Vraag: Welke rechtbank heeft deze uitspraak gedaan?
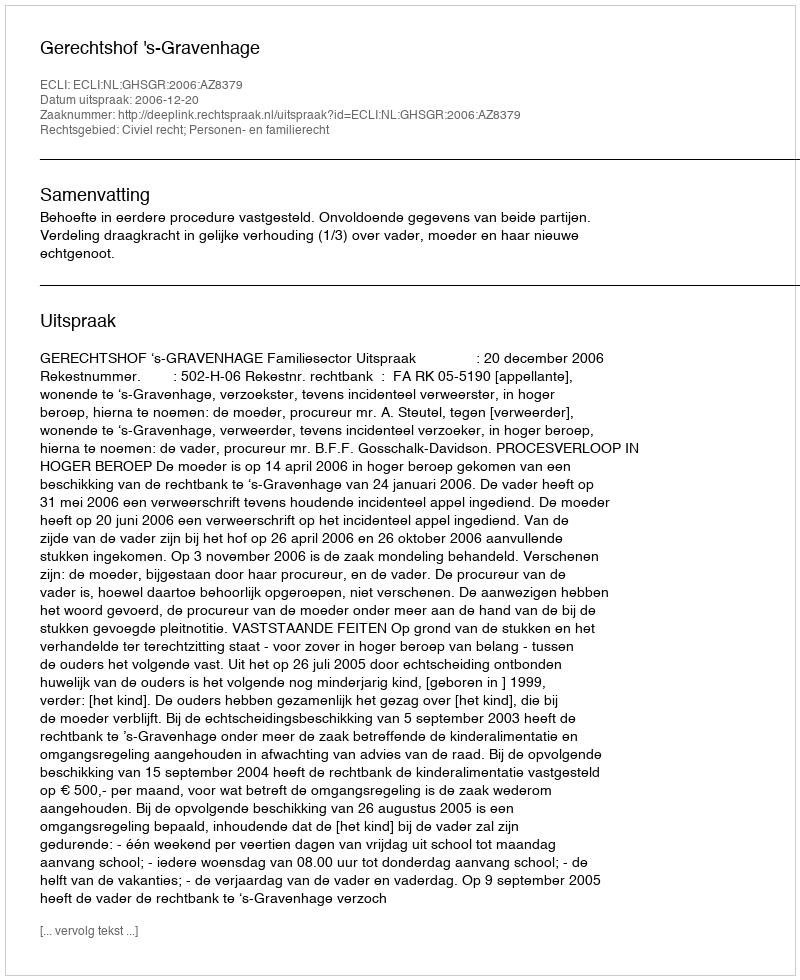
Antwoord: Gerechtshof 's-Gravenhage